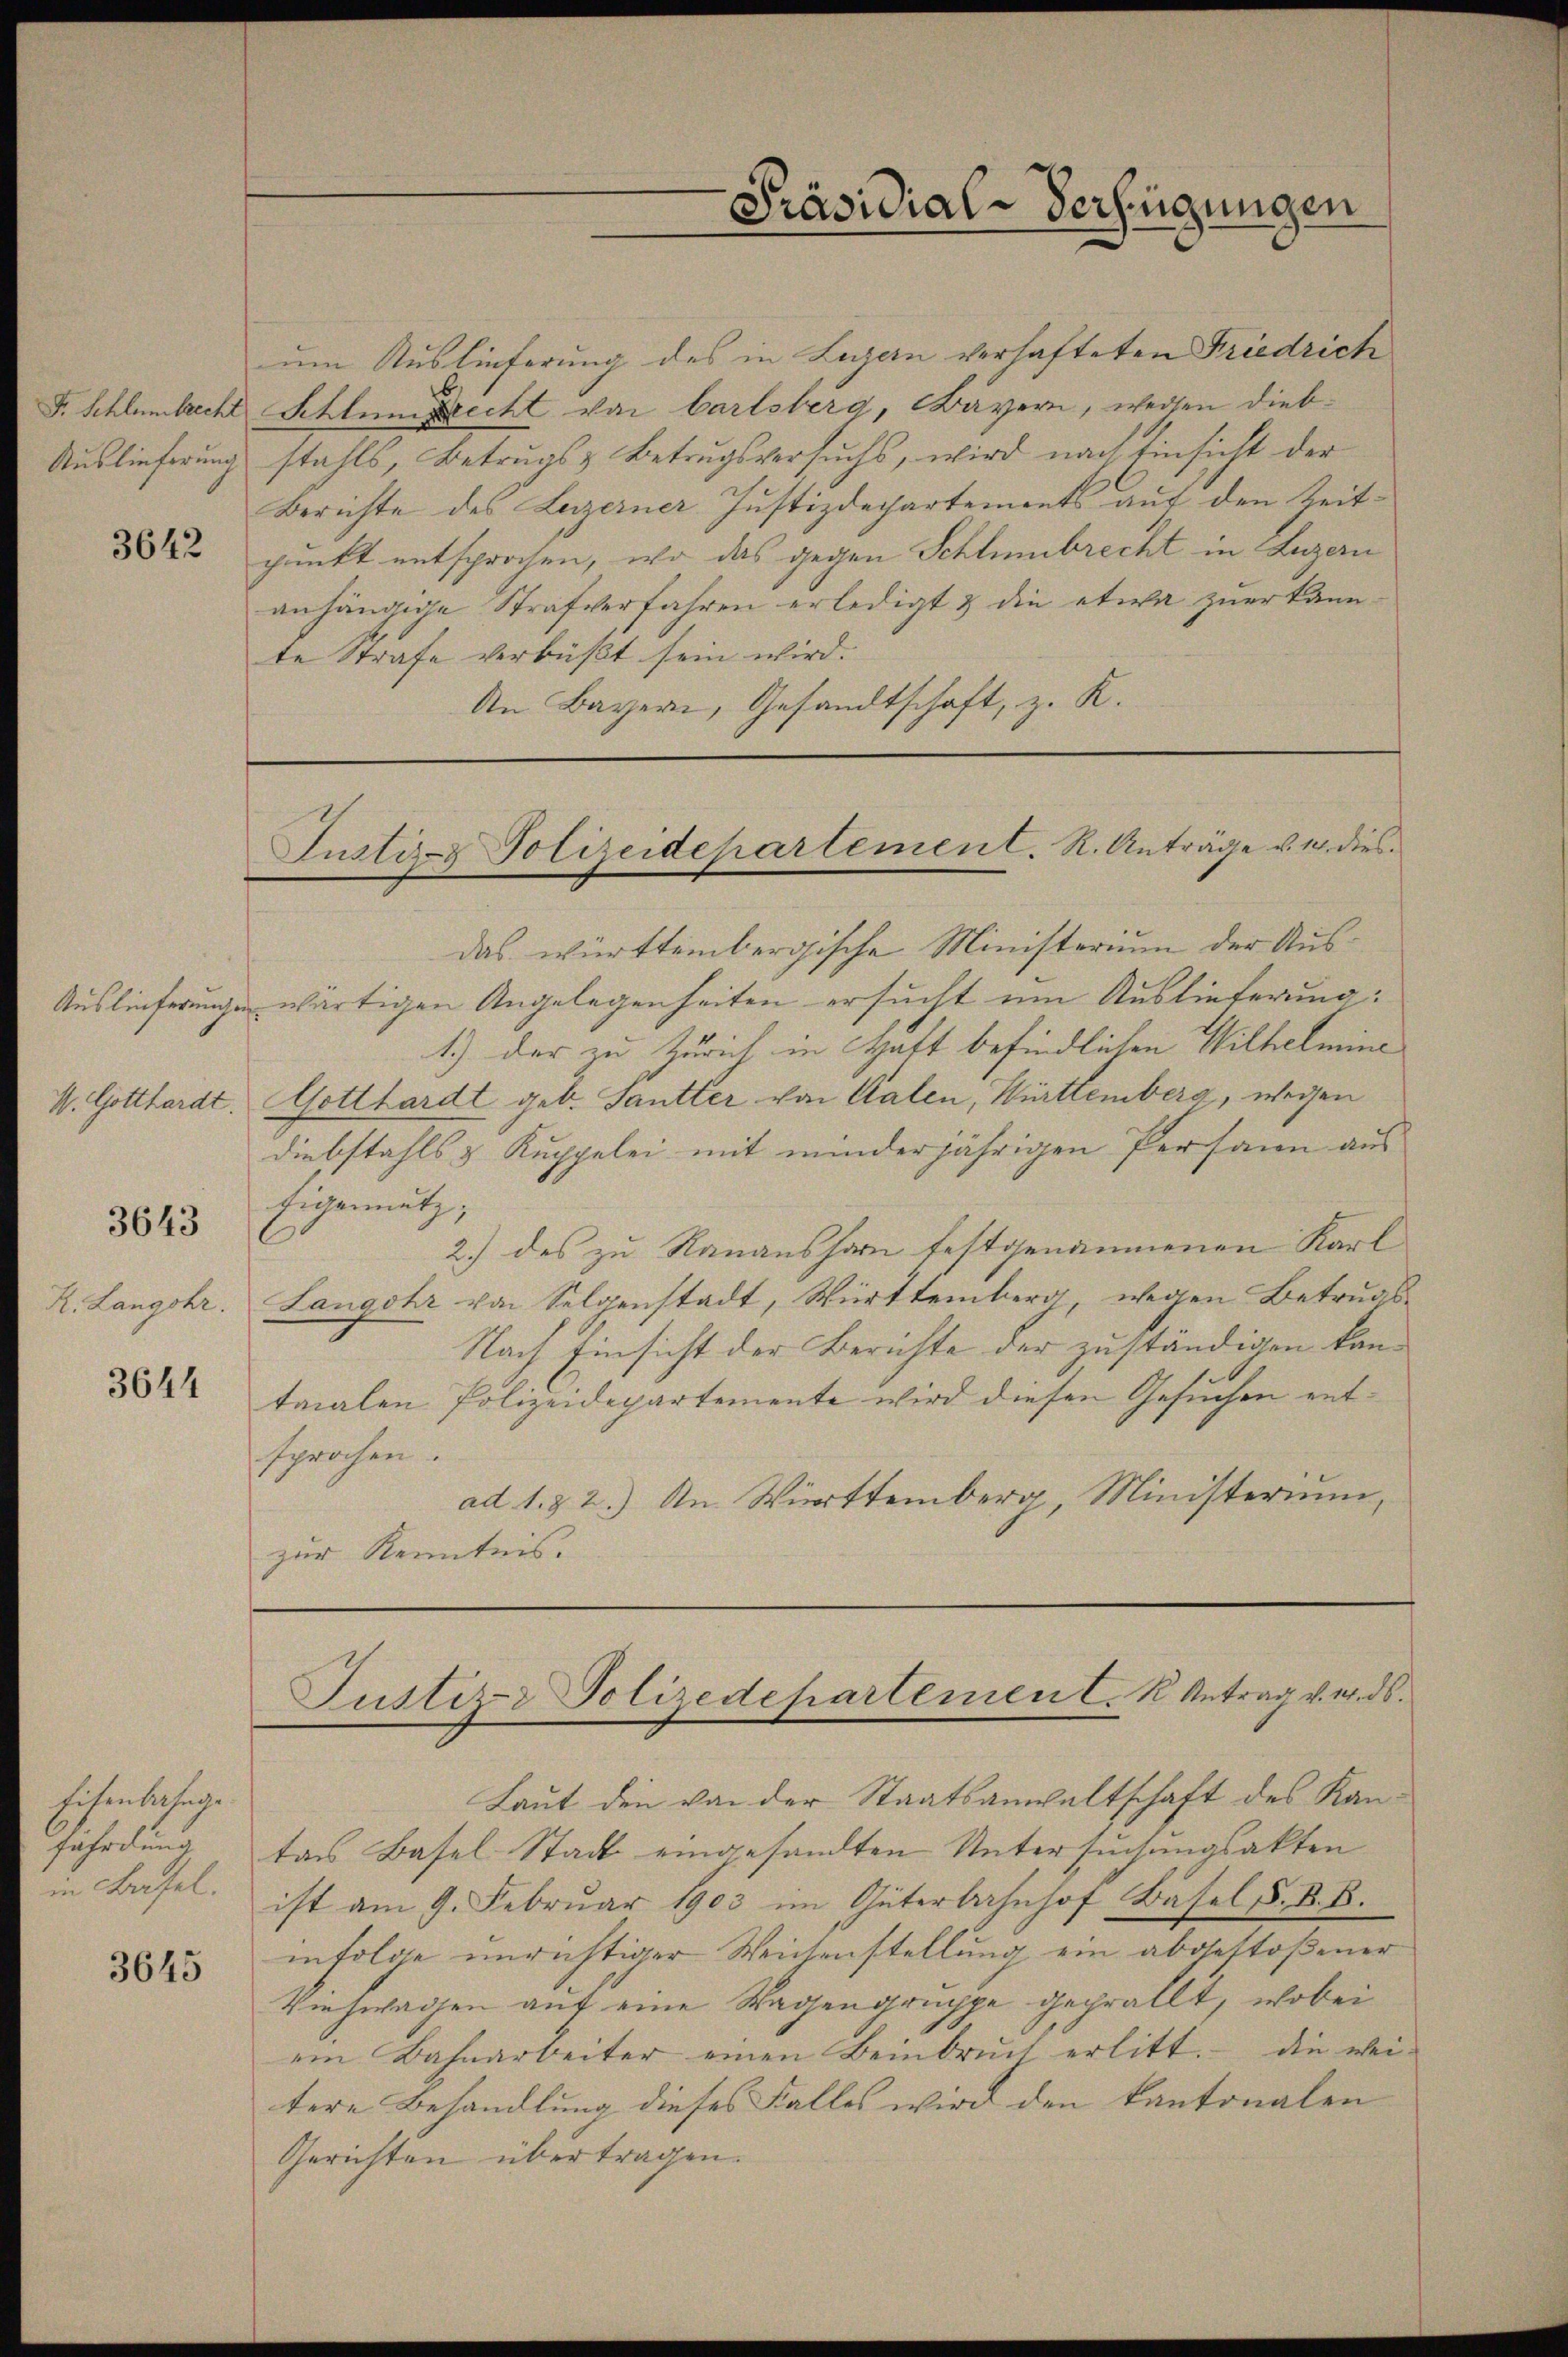
3642

Auslieferungen
3643
R. Langohr.

3644

Eisenbahnge
Fährdung
in Basel.

3645

Präsidial-Verfügungen

um Auslieferung des in Luzern verhafteten Friedrich
b.
F. Schlumbrecht Schlumprecht von Carlsberg, Bayern, weisen Dieb¬
Auslieferung stahls, Betrugs Betrugsversuchs, wird nach Einsicht der
Berichte des Luzerner Justizdepartements auf den Zeitpunkt entsprochen, wo das gegen Schlimbrecht in Luzern
anhängige Strafverfahren erledigt & die etwa zuerkannte Strafe verbüßt sein wird.
An Bayeri, Gesandtschaft, z. R.

Justiz- & Polizeidepartement. R. Anträge u. 14. dies

das württembergische Ministerium der Auswärtigen Angelegenheiten ersucht um Auslieferung:
1.) Der zu Zürich in Haft befindlichen Wilhelmine
M. Gotthardt. Gotthardt geb. Santter von Kalen, Württemberg, wegen
Diebstahls & Kuppelei mit minderjährigen Persann aus
Eigennutz,
2.) des zu Ramanshorn festgenommenen Karl
Langohr von Selgenstadt, Württemberg wegen Betrugs¬
Nach Einsicht der Berichte der zuständigen kantaialen Polizeidepartemente wird diesen Gesuchen entsprochen.
ad 1. 22.) An Württemberg, Ministerium,
zur Kenntnis.

Justiz- Polizedepartemen C. K. Antrag v. u. ds.

Laut den von der Staatsanwaltschaft des Kantars Basel-Stadt eingesandten Untersuchungsakten
ist am 9. Febrŭar 1903 im Güterbahnhof Basel F. B. B.
infolge unrichtiger Weichenstellung ein abgestoßener
Viehwachen auf eine Wagengruppe geprällt, wobei
ein Bahnarbeiter einen Beinbruch erlitt. Die wei-
tere Behandlung dieses Falles wird den kantonalen
Gerichten übertragen.